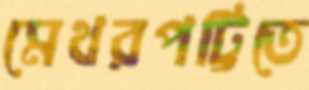
মেথরপট্টিতে